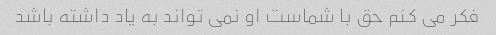
فکر می کنم حق با شماست او نمی تواند به یاد داشته باشد